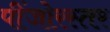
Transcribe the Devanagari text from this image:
पींजोरस्तर